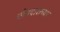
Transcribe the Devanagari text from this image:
चोपदाराच्या